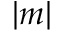
| m |